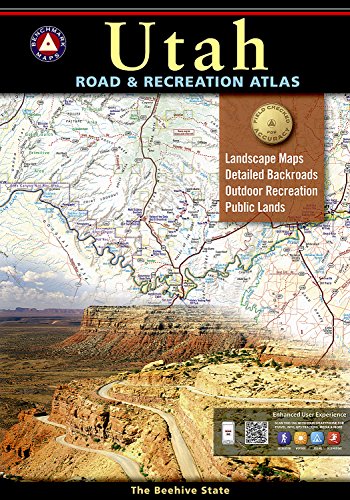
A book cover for Benchmark Utah Road & Recreation Atlas, 6th Edition; Benchmark Maps; Reference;